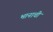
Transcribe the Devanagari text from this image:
भानाची